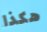
هكذا